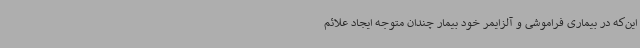
این‌که در بیماری فراموشی و آلزایمر خود بیمار چندان متوجه ایجاد علائم